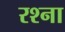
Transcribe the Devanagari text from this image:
रश्ना